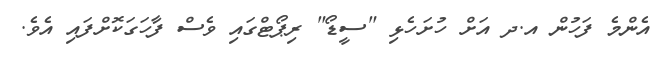
އެންމެ ފަހުން އ.ދ އަށް ހުށަހެޅި "ސީޑޯ" ރިޕޯޓްގައި ވެސް ފާހަގަކޮށްފައި އެވެ.